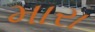
મારા